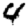
Digit: 4